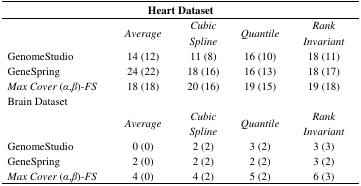
<table><thead><tr><td colspan="5"><b>Heart Dataset</b></td></tr></thead><tbody><tr><td>[EMPTY_CELL]</td><td><i>Average</i></td><td><i>Cubic Spline</i></td><td><i>Quantile</i></td><td><i>Rank Invariant</i></td></tr><tr><td>GenomeStudio</td><td>14 (12)</td><td>11 (8)</td><td>16 (10)</td><td>18 (11)</td></tr><tr><td>GeneSpring</td><td>24 (22)</td><td>18 (16)</td><td>16 (13)</td><td>18 (17)</td></tr><tr><td><i>Max Cover</i> (<i>α</i>,<i>β</i>)<i>-FS</i></td><td>18 (18)</td><td>20 (16)</td><td>19 (15)</td><td>19 (18)</td></tr><tr><td colspan="3">Brain Dataset</td><td colspan="2">[EMPTY_CELL]</td></tr><tr><td>[EMPTY_CELL]</td><td><i>Average</i></td><td><i>Cubic Spline</i></td><td><i>Quantile</i></td><td><i>Rank Invariant</i></td></tr><tr><td>GenomeStudio</td><td>0 (0)</td><td>2 (2)</td><td>3 (2)</td><td>3 (3)</td></tr><tr><td>GeneSpring</td><td>2 (0)</td><td>2 (2)</td><td>2 (2)</td><td>3 (2)</td></tr><tr><td><i>Max Cover</i> (<i>α</i>,<i>β</i>)<i>-FS</i></td><td>4 (0)</td><td>4 (2)</td><td>5 (2)</td><td>6 (3)</td></tr></tbody></table>